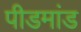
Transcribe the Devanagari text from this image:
पीडमांड